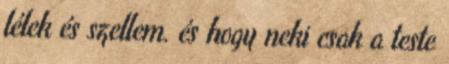
lélek és szellem. és hogy neki csak a teste